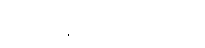
ထိုရဟန်းအား။ ဗဟုဿု